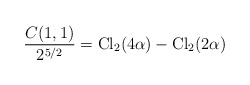
\begin{align*}{C(1,1)\over2^{5/2}}={\rm Cl}_2(4\alpha)-{\rm Cl}_2(2\alpha)\end{align*}